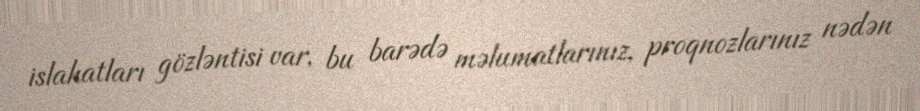
islahatları gözləntisi var, bu barədə məlumatlarınız, proqnozlarınız nədən